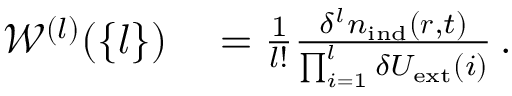
\begin{array} { r l } { \mathscr { W } ^ { ( l ) } ( \{ l \} ) } & { { } = \frac { 1 } { l ! } \frac { \delta ^ { l } { n } _ { \mathrm { i n d } } ( \boldsymbol { r } , t ) } { \prod _ { i = 1 } ^ { l } \delta { U } _ { \mathrm { e x t } } ( i ) } \, . } \end{array}